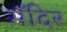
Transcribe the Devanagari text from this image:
मँदिर